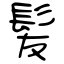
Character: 髪